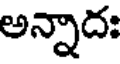
అన్నాదః